Vaccination in Bombay 1889-1901 - 1889-1901
Year: 1889
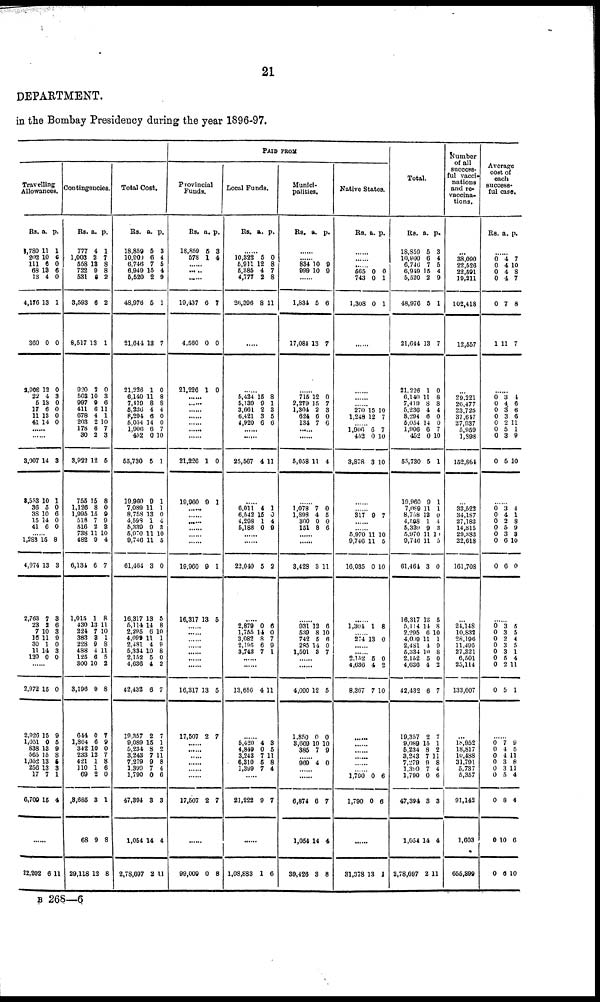
21
DEPARTMENT.
in the Bombay Presidency during the year 1896-97.
Travelling
Allowances.
Rs.
3,780
202
111
68
13
4,176
360
1,908
22
5
17
11
41
a.
11
10
6
13
4
13
0
12
4
13
6
13
14
p.
1
6
0
6
0
1
0
0
3
0
0
0
0
......
......
3,007
8,553
36
38
15
41
14
10
5
10
14
6
3
1
0
6
0
0
......
1,288
4,974
2,763
23
7
16
30
11
120
15
13
7
2
10
11
1
14
0
8
3
3
6
3
9
0
3
0
......
2,972
2,926
1,051
838
565
1,052
256
17
6,709
15
15
0
13
15
13
13
7
15
0
9
6
9
8
5
3
1
4
......
22,202 6 11
Contingencies.
Rs.
777
1,003
658
722
531
3,593
8,517
020
503
997
411
678
203
178
30
3,022
755
1,126
1,995
518
516
738
482
6,134
1,015
430
224
383
228
488
125
300
3,196
644
1,864
342
233
421
110 69
3,685
68
29,118
a.
4
2
13
9
8
6
13
2
10
9
6
4
2
6
2
12
15
8
15
7
2
11
9
6
1
13
7
3
9
4
6
10
9
0
6
10
12
1
1
2
3
9
12
p.
1
7
8
8
2
2
1
0
3
6
11
1
10
7
3
5
8
0
9
9
3
10
4
7
8
11
10
1
8
11
5
2
8
7
9
0
7
8
6
0
1
8
8
Total Cost.
Rs.
18,859
10,900
6,746
6,949
5,520
48,976
21,644
21,226
6,140
7,419
5,236
8,294
6,054
1,006
452
55,730
10,960
7,089
8,758
4,598
5,339
5,970
9,746
61,464
16,317
5,114
2,295
4,099
2,481
5,334
2,152
4,636
42,432
19,357
9,089
5,234
3,243
7,279
1,399
1,790
47,394
1,054
2,78,097
a.
5
6
7
15
2
5
13
1
11
8
4
6
14
6
0
5
9
11
13
1
9
11
11
3
13
14
6
11
4
10
5
4
6
2
15
8
7
9
7
0
3
14
2
p.
3
4
5
4
9
1
7
0
8
8
4
0
0
7
10
1
1
1
0
4
3
10
5
0
5
8
10
1
9
8
0
2
7
7
1
2
11
8
4
6
3
4
11
PAID FROM
Provincial
Funds.
Rs.
18,859
578
a.
5
1
p.
3
4
......
......
19,437
4,560
21,226
6
0
1
7
0
0
......
......
......
......
......
......
......
21,226
19,960
1
9
0
1
......
......
......
......
......
......
19,960
16,317
9
13
1
5
......
......
......
......
......
......
......
16,317
17,507
3
2
5
7
......
......
......
......
......
......
17,507 2 7
......
99,009 0 8
Local Funds.
Rs. a. p.
......
10,322
5,911
5,385
4,777
26,396
5
12
4
2
8
0
8
7
8
11
......
......
5,424
5,139
3,661
6,421
4,920
15
9
2
3
6
8
1
3
5
6
......
......
25,567 4 11
......
6,011
6,542
4,298
5,188
4
15
1
0
1
0
4
9
......
......
22,040 5 2
......
2,879
1,755
3,082
2,195
3,743
0
14
8
6
7
6
0
7
9
1
......
......
13,656 4 11
......
5,420
4,849
3,243
6,310
1,399
4
0
7
6
7
3
5
11
8
4
......
21,222 9 7
......
1,08,883 1 6
Munici-
palities.
Rs. a. p.
......
......
834
999
......
1,834
17,084
10
10
5
13
9
9
6
7
......
715
2,279
1,304
624
134
12
15
2
6
7
0
7
3
0
6
......
......
6,058 11 4
......
1,078
1,898
300
151
7
4
0
8
0
5
0
6
......
......
3,428 3 11
......
931
539
742
285
1,591
12
8
5
14
3
6
10
6
0
7
......
......
4,090
1,850
3,669
385
12
0
10
7
5
0
10
9
......
969 4 0
......
......
6,874
1,054
39,426
6
14
3
7
4
8
Native States.
Rs. a. p.
......
......
...... 665
743
1,308
0
0
0
0
1
1
......
......
......
......
270
1,248
15
12
10
7
...... 1,906
452
3,878
6
0
3
7
10
10
......
...... 317 9 7
......
......
6,970
9,746
16,035
11
11
0
10
5
10
......
1,304 1 8
...... 274 13 0
......
...... 2,152
4,636
8,367
5
4
7
0
2
10
......
......
......
......
......
......
1,790
1,790
0
0
6
6
......
31,378 13 1
Total.
Rs.
18,859
10,800
6,746
6,919
5,520
48,976
21,644
21,226
6,140
7,419
5,236
8,294
6,054
1,906
452
55,730
19,960
7,089
8,758
4,598
5,339
5,970
9,746
61,464
16,317
5,114
2,295
4,009
2,481
5,334
2,152
4,636
42,432
19,357
9,089
5,234
3,243
7,279
1,399
1,790
47,394
1,054
2,78,697
a.
5
6
7
15
2
5
13
1
11
8
4
6
14
6
0
5
9
11
13
1
9
11
11
3
13
14
6
11
4
10
5
4
6
2
15
8
7
9
7
0
3
14
2
p.
3
4
5
4
9
1
7
0
8
8
4
0
0
7
10
1
1
1
0
4
3
11
5
0
5
8
10
1
9
8
0
2
7
7
1
2
11
8
4
6
3
4
11
Number
of all
success-
ful vacci-
nations
and re-
vaccina-
tions.
...
38,090
22,526
22,591
19,211
102,418
12,557
...
29,221
20,477
23,725
37,647
27,037
5,959
1,898
152,864
...
33,522
34,187
27,183
14,815
29,383
22,618
161,708
...
24,148
10,832
28,196
11,495
27,321
6,501
25,114
133,607
...
18,952
18,817
10,488
31,791
5,737
5,357
91,142
1,603
655,899
Average
cost of
each
success¬
ful case.
Rs. a. p.
0
0
0
0
0
1
4
4
4
4
7
11
7
10
8
7
8
7
......
0
0
0
0
0
0
0
0
3
4
3
3
2
5
3
5
4
6
6
6
11
1
9
10
......
0
0
0
0
0
0
0
3
4
2
5
3
6
6
4
1
8
9
3
10
0
......
0
0
0
0
0
0
0
0
3
3
2
3
3
5
2
5
5
5
4
5
1
4
11
1
......
0
0
0
0
0
0
0
0
0
7
4
4
3
3
5
8
10
6
9
5
11
8
11
4
4
6
10
B 268—6